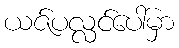
ယဇ်ပလ္လင်ပေါ်မှာ